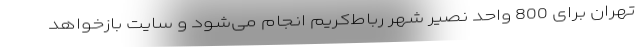
تهران برای 800 واحد نصیر شهر رباط‌کریم انجام می‌شود و سایت بازخواهد